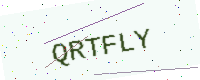
Text: QRTFLY